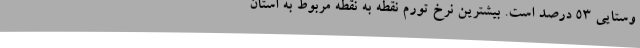
وستایی ۵۳ درصد است. بیشترین نرخ تورم نقطه به نقطه مربوط به استان­